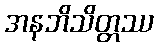
အနဘိသိတ္တဿ